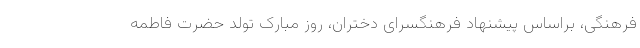
فرهنگی، براساس پیشنهاد فرهنگسرای دختران، روز مبارک تولد حضرت فاطمه